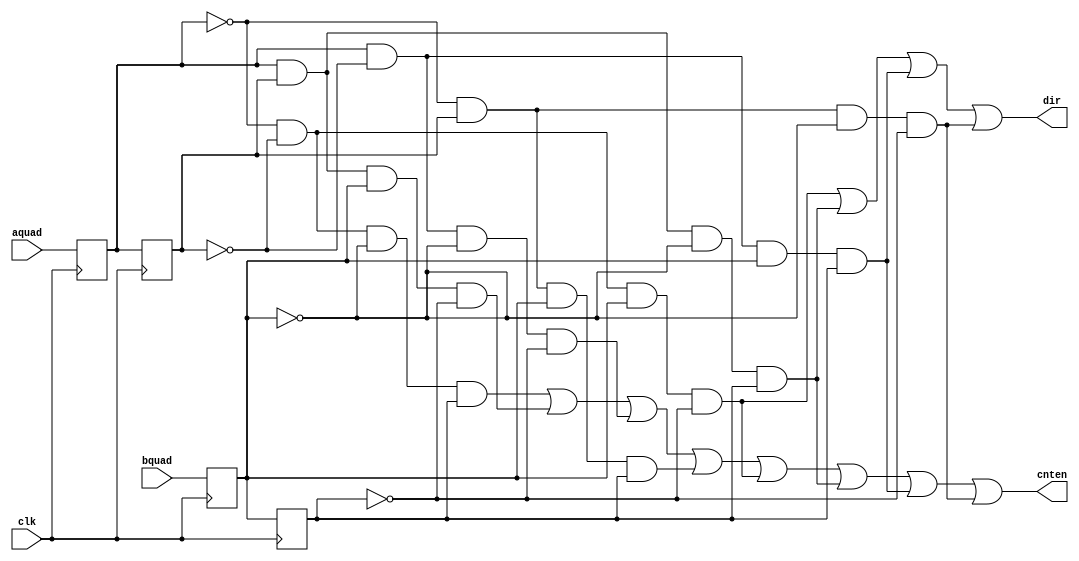
module phasedet(clk,aquad,bquad,dir,cnten);
    input clk;
    input aquad;
    input bquad;
    output dir;
    output cnten;

//-------------------------------------------------
// this is a aquad-bquad phase detector intended
// for use in a motion controller
//
// Inputs are quadrature square waves.
// The clock should be a minimum of twice the edge
// rate (it will work if the clock is equal to the
// edge rate, but I like to be safe).
// The dir output will indicate forward or backward
// motion (which is which is arbitrary).
// cnten will go true when an edge has been detected..
// i.e. you should increment/decrement a counter at
// that time.
//
// Copyright (c) 2004 by James Patchell
// This module may be freely used as long as this
// Copyright notice is left intact
//
// File created on April 4, 2004
//
//--------------------------------------------------
	reg aq1,aq2,bq1,bq2;
	reg dir,cnten;
		
	always@(posedge clk)	//create 1 and 2 pipe dealys of inputs
	begin
		aq2 <= aq1;
		aq1 <= aquad;
		bq2 <= bq1;
		bq1 <= bquad;
	end

	always@(aq1 or aq2 or bq1 or bq2)
	begin
		//generate count enable and direction
		cnten = !aq1 & !aq2 & !bq1 & bq2
				| aq1 & aq2 & bq1 & !bq2
				| aq1 & !aq2 & !bq1 & !bq2
				| !aq1 & aq2 & bq1 & bq2
				| !aq1 & !aq2 & bq1 & !bq2
				| aq1 & aq2 & !bq1 & bq2
				| aq1 & !aq2 & bq1 & bq2
				| !aq1 & aq2 & !bq1 & !bq2;
		dir =  !aq1 & !aq2 & bq1 & !bq2
				| aq1 & aq2 & !bq1 & bq2
				| aq1 & !aq2 & bq1 & bq2
				| !aq1 & aq2 & !bq1 & !bq2;
	end
	

endmodule